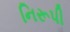
નિરૂપી